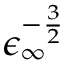
\epsilon _ { \infty } ^ { - \frac { 3 } { 2 } }